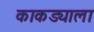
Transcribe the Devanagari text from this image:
काकड्याला